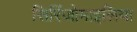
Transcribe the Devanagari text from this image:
सिरिंजोमाइलिया